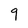
Character: 9